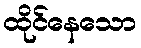
ထိုင်နေသော